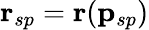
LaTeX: \mathbf{r}_{sp}=\mathbf{r}(\mathbf{p}_{sp})